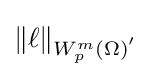
\textstyle \left\Vert \ell \right\Vert _{W_{p}^{m}(\Omega )^{^{\prime }}}